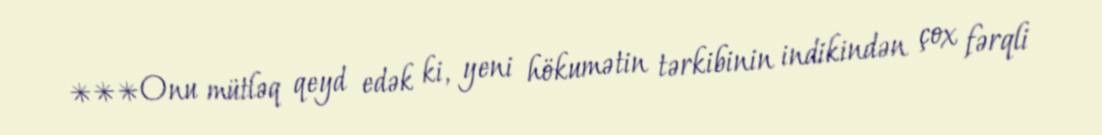
***Onu mütləq qeyd edək ki, yeni hökumətin tərkibinin indikindən çox fərqli